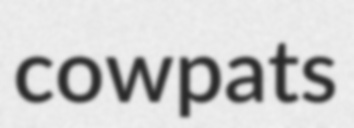
cowpats